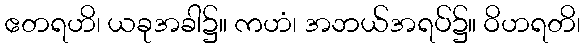
ဧတရဟိ၊ ယခုအခါ၌။ ကဟံ၊ အဘယ်အရပ်၌။ ဝိဟရတိ၊